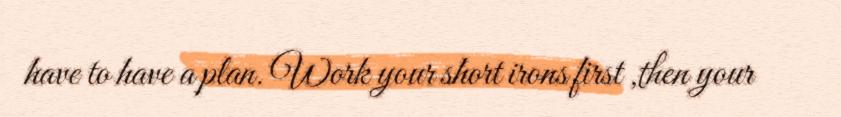
have to have a plan. Work your short irons first ,then your